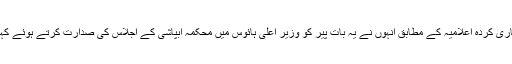
جاری کردہ اعلامیہ کے مطابق انہوں نے یہ بات پیر کو وزیر اعلی ہائوس میں محکمہ آبپاشی کے اجلاس کی صدارت کرتے ہوئے کہی۔